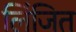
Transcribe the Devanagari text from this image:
लिंजित